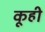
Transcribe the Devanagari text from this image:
कूही